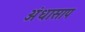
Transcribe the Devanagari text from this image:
अंधासाप